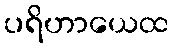
ပရိဟာယေထ